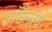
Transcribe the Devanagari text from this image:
हॉटेलांचे